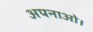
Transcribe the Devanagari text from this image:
अपनाओ।